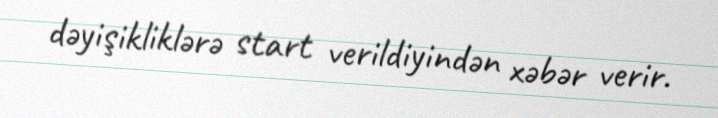
dəyişikliklərə start verildiyindən xəbər verir.